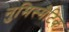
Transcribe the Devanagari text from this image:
नुमिस्मैटिक